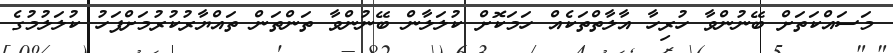
މަސައްކަތަށް ބޭނުންވާ ހުރިހާ އާލާތްތަކެއް ހަމަކޮށް ކުލަލާން ބޭނުންވާ ތަންތަން ތައްޔާރުކުރުމަށްފަހު ކުލަލުމުގެ